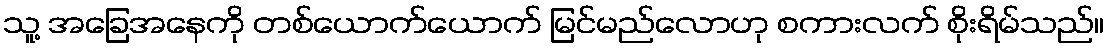
သူ့ အခြေအနေကို တစ်ယောက်ယောက် မြင်မည်လောဟု စကားလက် စိုးရိမ်သည်။